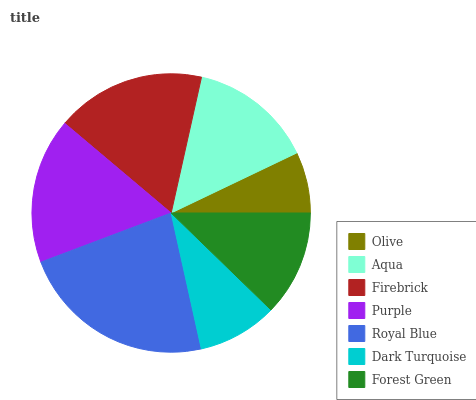
| Olive | Aqua | Firebrick | Purple | Royal Blue | Dark Turquoise | Forest Green |
 | --- | --- | --- | --- | --- | --- | --- |
 | 7.1% | 14.4% | 17.3% | 16.9% | 22.8% | 9.26% | 12.3% |